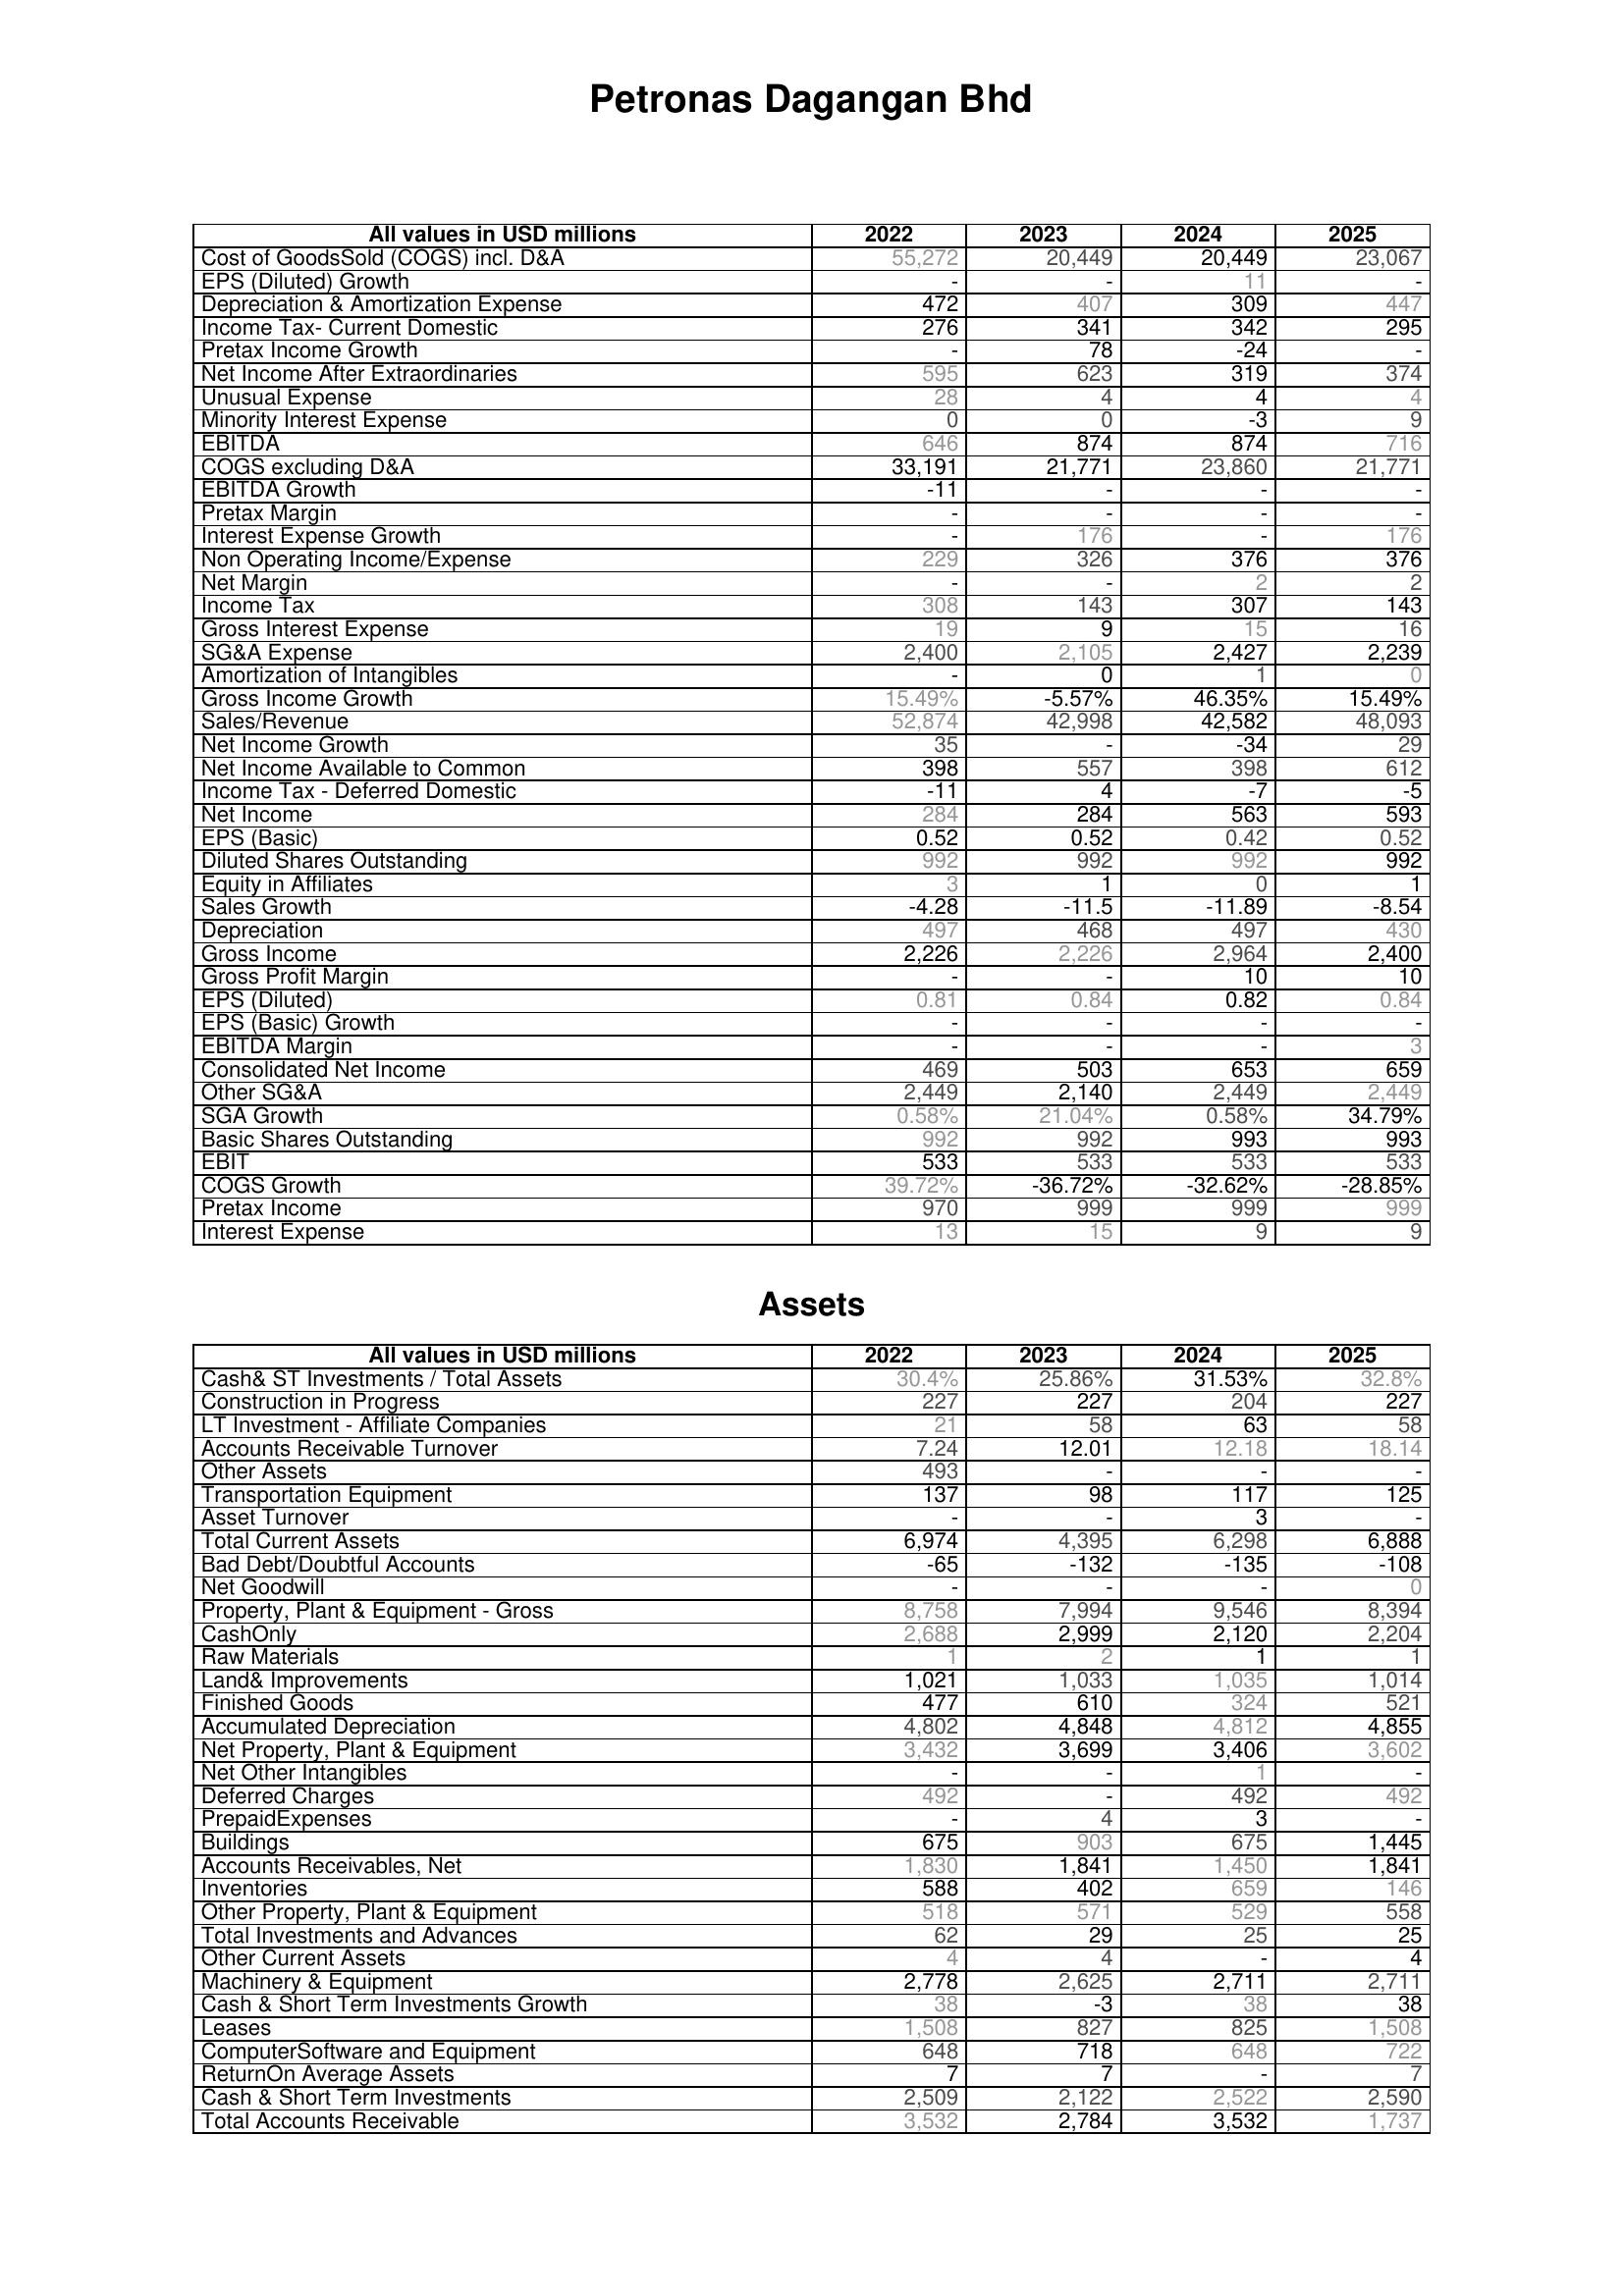
2022: : Cost of GoodsSold (COGS) incl. D&A: 55,272
EPS (Diluted) Growth: -
Depreciation & Amortization Expense: 472
Income Tax- Current Domestic: 276
Pretax Income Growth: -
Net Income After Extraordinaries: 595
Unusual Expense: 28
Minority Interest Expense: 0
EBITDA: 646
COGS excluding D&A: 33,191
EBITDA Growth: -11
Pretax Margin: -
Interest Expense Growth: -
Non Operating Income/Expense: 229
Net Margin: -
Income Tax: 308
Gross Interest Expense: 19
SG&A Expense: 2,400
Amortization of Intangibles: -
Gross Income Growth: 15.49%
Sales/Revenue: 52,874
Net Income Growth: 35
Net Income Available to Common: 398
Income Tax - Deferred Domestic: -11
Net Income: 284
EPS (Basic): 0.52
Diluted Shares Outstanding: 992
Equity in Affiliates: 3
Sales Growth: -4.28
Depreciation: 497
Gross Income: 2,226
Gross Profit Margin: -
EPS (Diluted): 0.81
EPS (Basic) Growth: -
EBITDA Margin: -
Consolidated Net Income: 469
Other SG&A: 2,449
SGA Growth: 0.58%
Basic Shares Outstanding: 992
EBIT: 533
COGS Growth: 39.72%
Pretax Income: 970
Interest Expense: 13
Assets: Cash& ST Investments / Total Assets: 30.4%
Construction in Progress: 227
LT Investment - Affiliate Companies: 21
Accounts Receivable Turnover: 7.24
Other Assets: 493
Transportation Equipment: 137
Asset Turnover: -
Total Current Assets: 6,974
Bad Debt/Doubtful Accounts: -65
Net Goodwill: -
Property, Plant & Equipment - Gross : 8,758
CashOnly: 2,688
Raw Materials: 1
Land& Improvements: 1,021
Finished Goods: 477
Accumulated Depreciation: 4,802
Net Property, Plant & Equipment: 3,432
Net Other Intangibles: -
Deferred Charges: 492
PrepaidExpenses: -
Buildings: 675
Accounts Receivables, Net: 1,830
Inventories: 588
Other Property, Plant & Equipment: 518
Total Investments and Advances: 62
Other Current Assets: 4
Machinery & Equipment: 2,778
Cash & Short Term Investments Growth: 38
Leases: 1,508
ComputerSoftware and Equipment: 648
ReturnOn Average Assets: 7
Cash & Short Term Investments: 2,509
Total Accounts Receivable: 3,532
2023: : Cost of GoodsSold (COGS) incl. D&A: 20,449
EPS (Diluted) Growth: -
Depreciation & Amortization Expense: 407
Income Tax- Current Domestic: 341
Pretax Income Growth: 78
Net Income After Extraordinaries: 623
Unusual Expense: 4
Minority Interest Expense: 0
EBITDA: 874
COGS excluding D&A: 21,771
EBITDA Growth: -
Pretax Margin: -
Interest Expense Growth: 176
Non Operating Income/Expense: 326
Net Margin: -
Income Tax: 143
Gross Interest Expense: 9
SG&A Expense: 2,105
Amortization of Intangibles: 0
Gross Income Growth: -5.57%
Sales/Revenue: 42,998
Net Income Growth: -
Net Income Available to Common: 557
Income Tax - Deferred Domestic: 4
Net Income: 284
EPS (Basic): 0.52
Diluted Shares Outstanding: 992
Equity in Affiliates: 1
Sales Growth: -11.5
Depreciation: 468
Gross Income: 2,226
Gross Profit Margin: -
EPS (Diluted): 0.84
EPS (Basic) Growth: -
EBITDA Margin: -
Consolidated Net Income: 503
Other SG&A: 2,140
SGA Growth: 21.04%
Basic Shares Outstanding: 992
EBIT: 533
COGS Growth: -36.72%
Pretax Income: 999
Interest Expense: 15
Assets: Cash& ST Investments / Total Assets: 25.86%
Construction in Progress: 227
LT Investment - Affiliate Companies: 58
Accounts Receivable Turnover: 12.01
Other Assets: -
Transportation Equipment: 98
Asset Turnover: -
Total Current Assets: 4,395
Bad Debt/Doubtful Accounts: -132
Net Goodwill: -
Property, Plant & Equipment - Gross : 7,994
CashOnly: 2,999
Raw Materials: 2
Land& Improvements: 1,033
Finished Goods: 610
Accumulated Depreciation: 4,848
Net Property, Plant & Equipment: 3,699
Net Other Intangibles: -
Deferred Charges: -
PrepaidExpenses: 4
Buildings: 903
Accounts Receivables, Net: 1,841
Inventories: 402
Other Property, Plant & Equipment: 571
Total Investments and Advances: 29
Other Current Assets: 4
Machinery & Equipment: 2,625
Cash & Short Term Investments Growth: -3
Leases: 827
ComputerSoftware and Equipment: 718
ReturnOn Average Assets: 7
Cash & Short Term Investments: 2,122
Total Accounts Receivable: 2,784
2024: : Cost of GoodsSold (COGS) incl. D&A: 20,449
EPS (Diluted) Growth: 11
Depreciation & Amortization Expense: 309
Income Tax- Current Domestic: 342
Pretax Income Growth: -24
Net Income After Extraordinaries: 319
Unusual Expense: 4
Minority Interest Expense: -3
EBITDA: 874
COGS excluding D&A: 23,860
EBITDA Growth: -
Pretax Margin: -
Interest Expense Growth: -
Non Operating Income/Expense: 376
Net Margin: 2
Income Tax: 307
Gross Interest Expense: 15
SG&A Expense: 2,427
Amortization of Intangibles: 1
Gross Income Growth: 46.35%
Sales/Revenue: 42,582
Net Income Growth: -34
Net Income Available to Common: 398
Income Tax - Deferred Domestic: -7
Net Income: 563
EPS (Basic): 0.42
Diluted Shares Outstanding: 992
Equity in Affiliates: 0
Sales Growth: -11.89
Depreciation: 497
Gross Income: 2,964
Gross Profit Margin: 10
EPS (Diluted): 0.82
EPS (Basic) Growth: -
EBITDA Margin: -
Consolidated Net Income: 653
Other SG&A: 2,449
SGA Growth: 0.58%
Basic Shares Outstanding: 993
EBIT: 533
COGS Growth: -32.62%
Pretax Income: 999
Interest Expense: 9
Assets: Cash& ST Investments / Total Assets: 31.53%
Construction in Progress: 204
LT Investment - Affiliate Companies: 63
Accounts Receivable Turnover: 12.18
Other Assets: -
Transportation Equipment: 117
Asset Turnover: 3
Total Current Assets: 6,298
Bad Debt/Doubtful Accounts: -135
Net Goodwill: -
Property, Plant & Equipment - Gross : 9,546
CashOnly: 2,120
Raw Materials: 1
Land& Improvements: 1,035
Finished Goods: 324
Accumulated Depreciation: 4,812
Net Property, Plant & Equipment: 3,406
Net Other Intangibles: 1
Deferred Charges: 492
PrepaidExpenses: 3
Buildings: 675
Accounts Receivables, Net: 1,450
Inventories: 659
Other Property, Plant & Equipment: 529
Total Investments and Advances: 25
Other Current Assets: -
Machinery & Equipment: 2,711
Cash & Short Term Investments Growth: 38
Leases: 825
ComputerSoftware and Equipment: 648
ReturnOn Average Assets: -
Cash & Short Term Investments: 2,522
Total Accounts Receivable: 3,532
2025: : Cost of GoodsSold (COGS) incl. D&A: 23,067
EPS (Diluted) Growth: -
Depreciation & Amortization Expense: 447
Income Tax- Current Domestic: 295
Pretax Income Growth: -
Net Income After Extraordinaries: 374
Unusual Expense: 4
Minority Interest Expense: 9
EBITDA: 716
COGS excluding D&A: 21,771
EBITDA Growth: -
Pretax Margin: -
Interest Expense Growth: 176
Non Operating Income/Expense: 376
Net Margin: 2
Income Tax: 143
Gross Interest Expense: 16
SG&A Expense: 2,239
Amortization of Intangibles: 0
Gross Income Growth: 15.49%
Sales/Revenue: 48,093
Net Income Growth: 29
Net Income Available to Common: 612
Income Tax - Deferred Domestic: -5
Net Income: 593
EPS (Basic): 0.52
Diluted Shares Outstanding: 992
Equity in Affiliates: 1
Sales Growth: -8.54
Depreciation: 430
Gross Income: 2,400
Gross Profit Margin: 10
EPS (Diluted): 0.84
EPS (Basic) Growth: -
EBITDA Margin: 3
Consolidated Net Income: 659
Other SG&A: 2,449
SGA Growth: 34.79%
Basic Shares Outstanding: 993
EBIT: 533
COGS Growth: -28.85%
Pretax Income: 999
Interest Expense: 9
Assets: Cash& ST Investments / Total Assets: 32.8%
Construction in Progress: 227
LT Investment - Affiliate Companies: 58
Accounts Receivable Turnover: 18.14
Other Assets: -
Transportation Equipment: 125
Asset Turnover: -
Total Current Assets: 6,888
Bad Debt/Doubtful Accounts: -108
Net Goodwill: 0
Property, Plant & Equipment - Gross : 8,394
CashOnly: 2,204
Raw Materials: 1
Land& Improvements: 1,014
Finished Goods: 521
Accumulated Depreciation: 4,855
Net Property, Plant & Equipment: 3,602
Net Other Intangibles: -
Deferred Charges: 492
PrepaidExpenses: -
Buildings: 1,445
Accounts Receivables, Net: 1,841
Inventories: 146
Other Property, Plant & Equipment: 558
Total Investments and Advances: 25
Other Current Assets: 4
Machinery & Equipment: 2,711
Cash & Short Term Investments Growth: 38
Leases: 1,508
ComputerSoftware and Equipment: 722
ReturnOn Average Assets: 7
Cash & Short Term Investments: 2,590
Total Accounts Receivable: 1,737